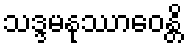
သဒ္ဒမနုဿာဝေန္တိ